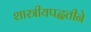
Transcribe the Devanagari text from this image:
शास्त्रीयपद्धतीने